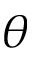
\theta